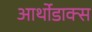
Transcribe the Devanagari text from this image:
आर्थोडाक्स